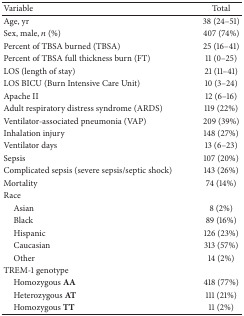
<table><thead><tr><td><b>Variable</b></td><td><b>Total</b></td></tr></thead><tbody><tr><td>Age, yr </td><td>38 (24–51)</td></tr><tr><td>Sex, male, <i>n</i> (%)</td><td>407 (74%)</td></tr><tr><td>Percent of TBSA burned (TBSA)</td><td>25 (16–41)</td></tr><tr><td>Percent of TBSA full thickness burn (FT)</td><td>11 (0–25)</td></tr><tr><td>LOS (length of stay)</td><td>21 (11–41)</td></tr><tr><td>LOS BICU (Burn Intensive Care Unit) </td><td>10 (3–24)</td></tr><tr><td>Apache II</td><td>12 (6–16)</td></tr><tr><td>Adult respiratory distress syndrome (ARDS)</td><td>119 (22%)</td></tr><tr><td>Ventilator-associated pneumonia (VAP)</td><td>209 (39%)</td></tr><tr><td>Inhalation injury</td><td>148 (27%)</td></tr><tr><td>Ventilator days</td><td>13 (6–23)</td></tr><tr><td>Sepsis</td><td>107 (20%)</td></tr><tr><td>Complicated sepsis (severe sepsis/septic shock)</td><td>143 (26%)</td></tr><tr><td>Mortality</td><td>74 (14%)</td></tr><tr><td>Race</td><td> </td></tr><tr><td> Asian</td><td>8 (2%)</td></tr><tr><td> Black</td><td>89 (16%)</td></tr><tr><td> Hispanic</td><td>126 (23%)</td></tr><tr><td> Caucasian</td><td>313 (57%)</td></tr><tr><td> Other</td><td>14 (2%)</td></tr><tr><td>TREM-1 genotype</td><td> </td></tr><tr><td> Homozygous <b>AA</b></td><td>418 (77%)</td></tr><tr><td> Heterozygous <b>AT</b></td><td>111 (21%)</td></tr><tr><td> Homozygous <b>TT</b></td><td>11 (2%)</td></tr></tbody></table>